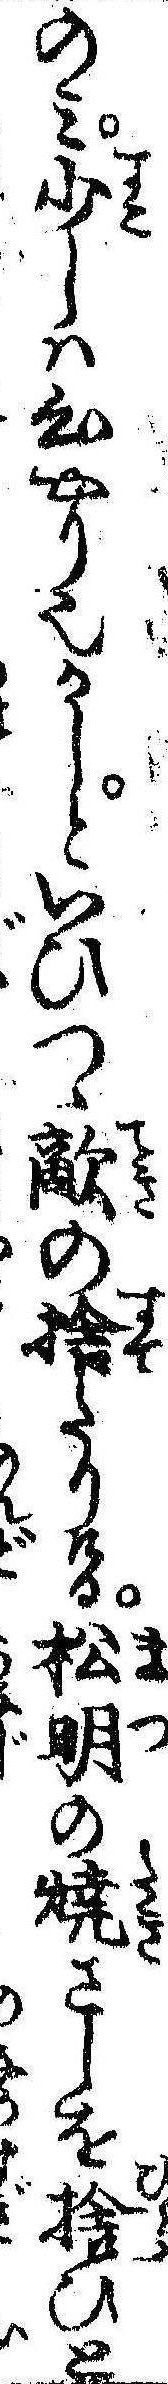
のみ少しは心やり也かしといひつゝ敵の捨たりける松明の焼さしを拾ひと